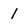
Character: 1